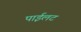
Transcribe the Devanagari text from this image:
पाईलट